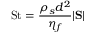
\mathrm { S t } = \frac { \rho _ { s } d ^ { 2 } } { \eta _ { f } } | \mathrm { \bf S } |